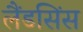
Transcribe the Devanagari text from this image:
लैंडसिंस